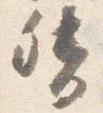
督